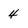
Character: 4